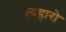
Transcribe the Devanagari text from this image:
त्यहारो